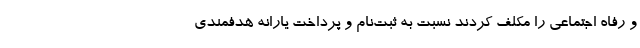
و رفاه اجتماعی را مکلف کردند نسبت به ثبت‌نام و پرداخت یارانه هدفمندی